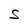
Character: S